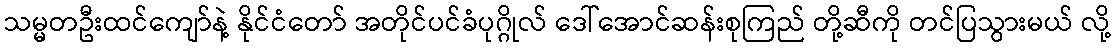
သမ္မတဦးထင်ကျော်နဲ့ နိုင်ငံတော် အတိုင်ပင်ခံပုဂ္ဂိုလ် ဒေါ်အောင်ဆန်းစုကြည် တို့ဆီကို တင်ပြသွားမယ် လို့